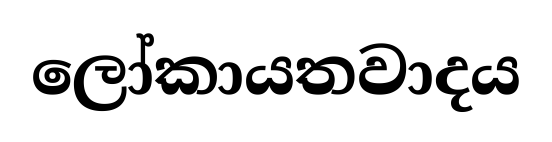
ලෝකායතවාදය